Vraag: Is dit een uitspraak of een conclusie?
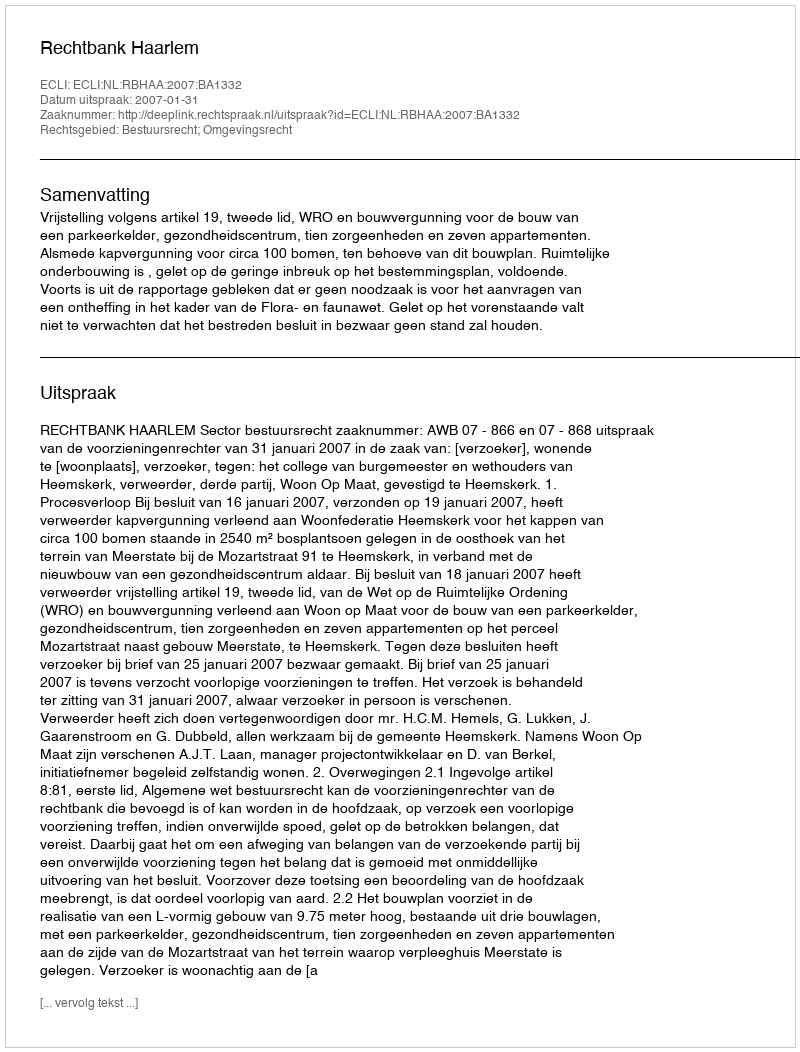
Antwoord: Uitspraak